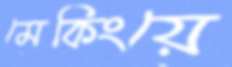
মেকিংয়ে